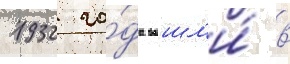
1932 го́да вошл'и́ в